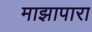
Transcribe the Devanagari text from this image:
माझापारा